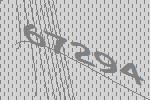
67294